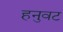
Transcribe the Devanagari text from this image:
हनुवट